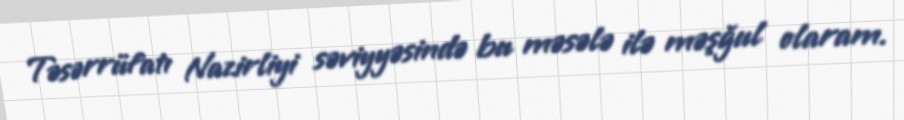
Təsərrüfatı Nazirliyi səviyyəsində bu məsələ ilə məşğul olaram.